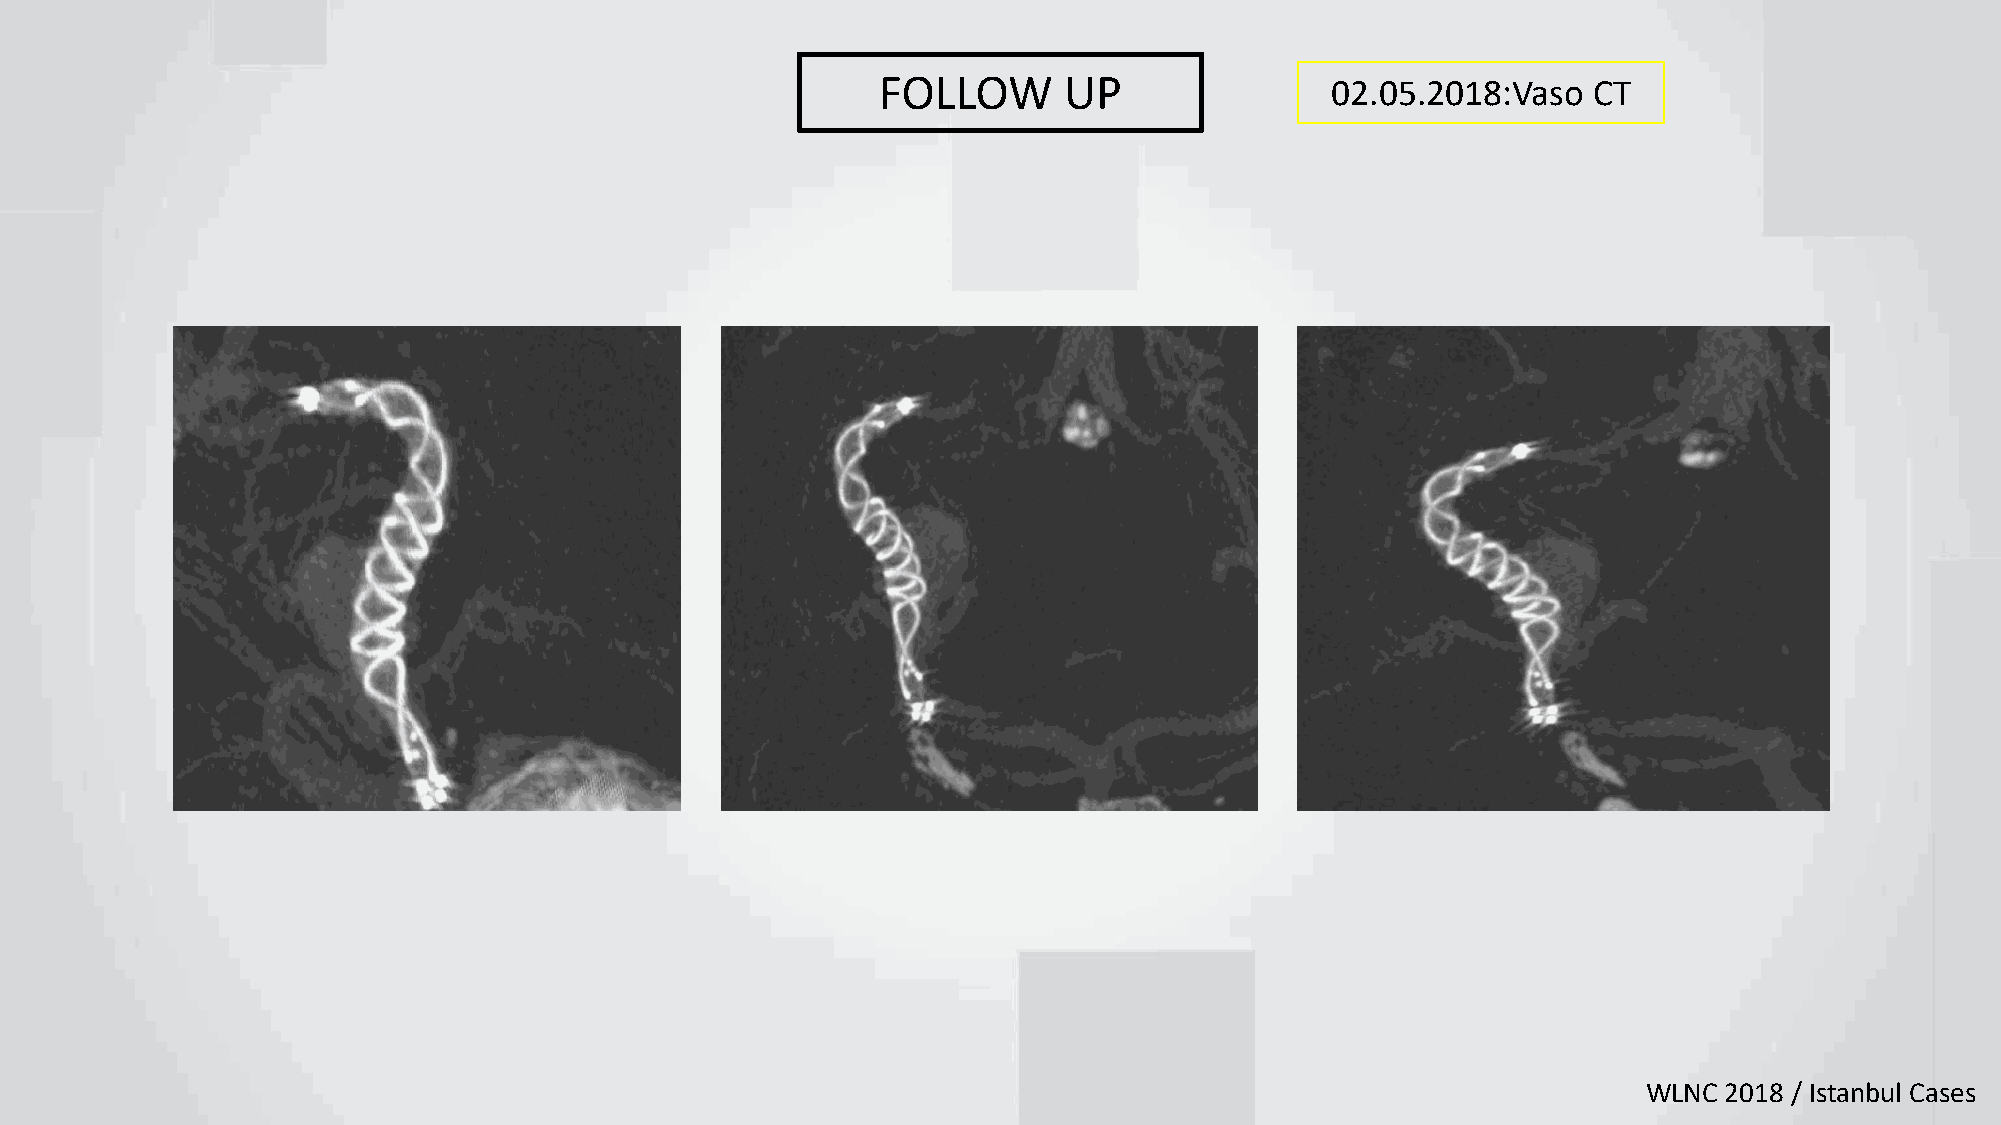
FOLLOW      UP                02.05.2018:Vaso  CT
 WLNC 2018 / Istanbul Cases